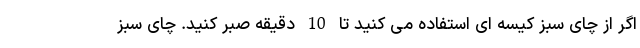
اگر از چای سبز کیسه ای استفاده می کنید تا 10 دقیقه صبر کنید. چای سبز